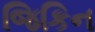
જિકિન